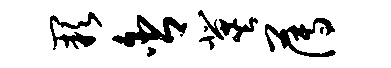
缺舍冀薄